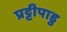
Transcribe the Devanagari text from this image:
प्रट्टीपाडु